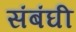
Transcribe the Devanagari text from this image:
संबंघी